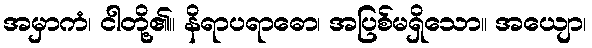
အမှာကံ၊ ငါတို့၏။ နိရာပရာဓော၊ အပြစ်မရှိသော။ အယျော၊